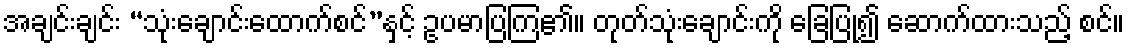
အချင်းချင်း “သုံးချောင်းထောက်စင်”နှင့် ဥပမာပြကြ၏။ တုတ်သုံးချောင်းကို ခြေပြု၍ ဆောက်ထားသည့် စင်။